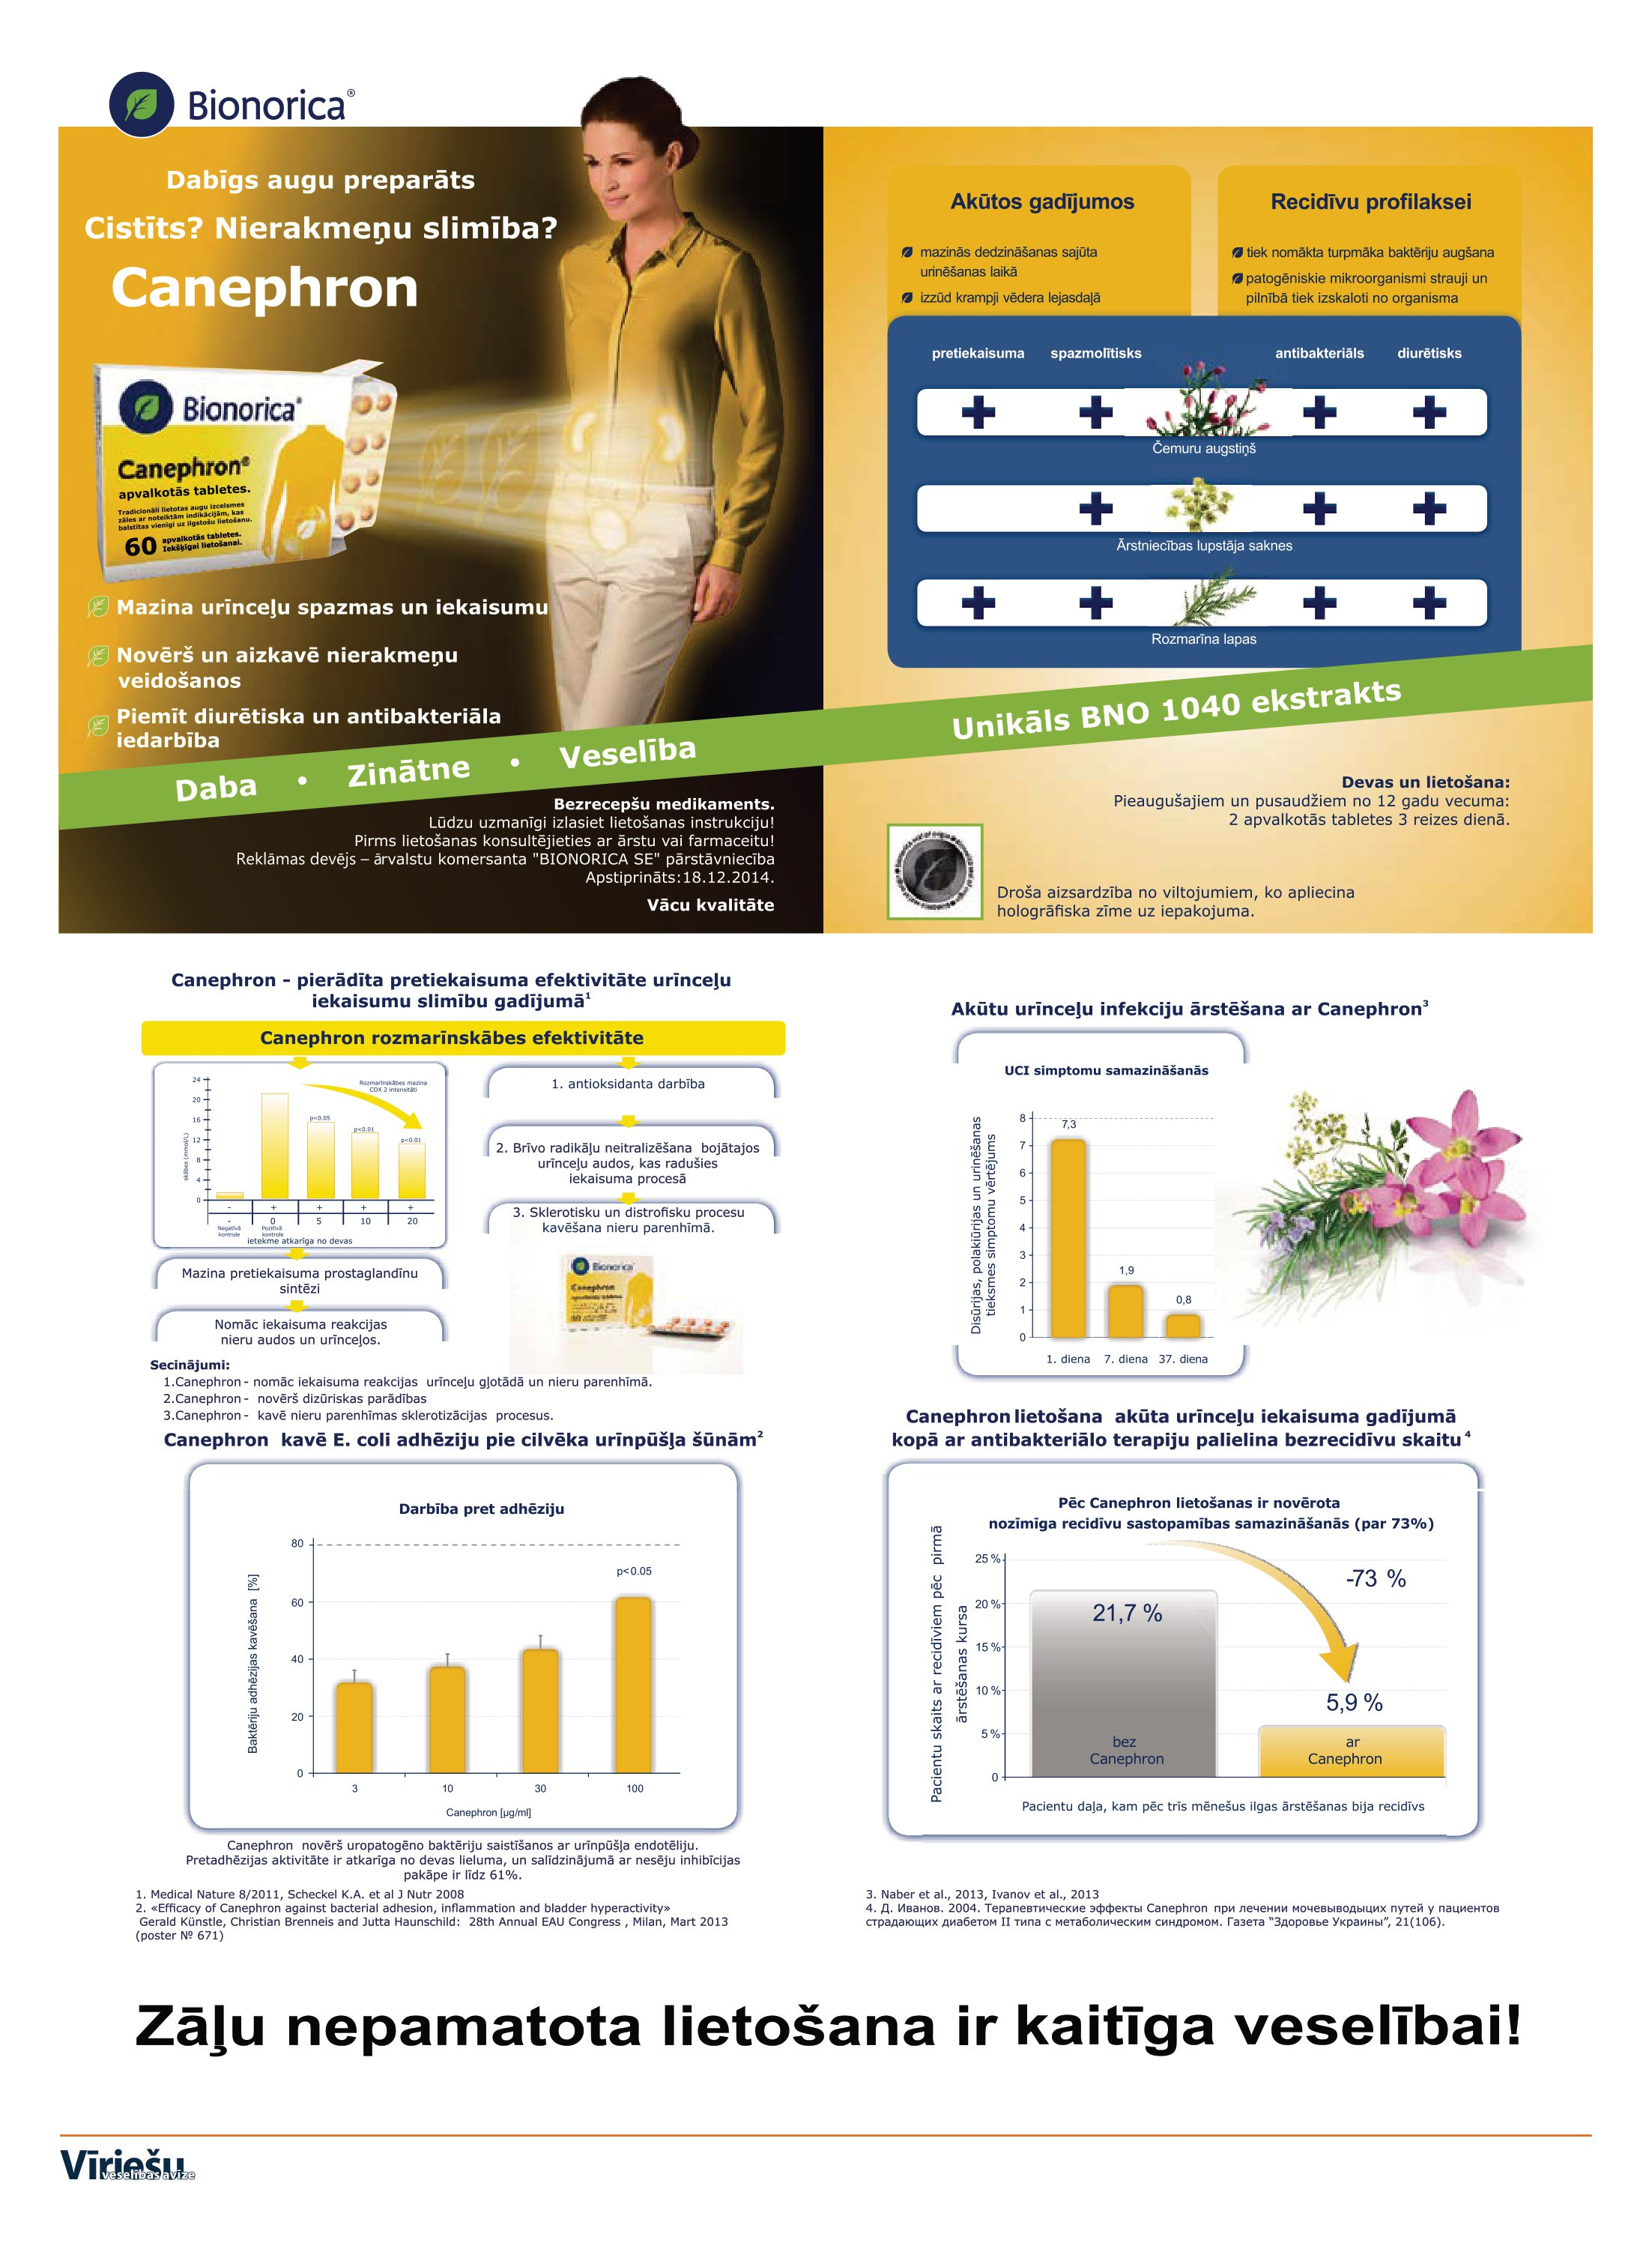
Language: lv